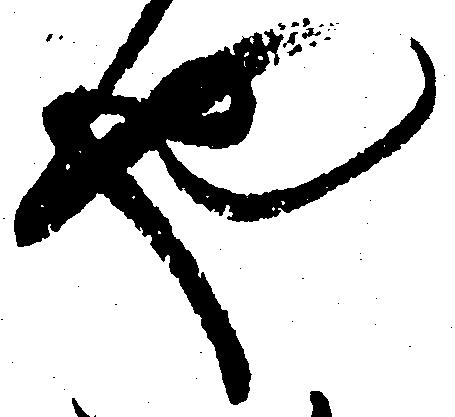
や